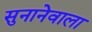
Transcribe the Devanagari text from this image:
सुनानेवाला